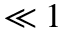
\ll 1